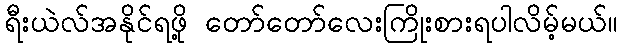
ရီးယဲလ်အနိုင်ရဖို့ တော်တော်လေးကြိုးစားရပါလိမ့်မယ်။